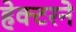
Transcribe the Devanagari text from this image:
हेक्टरने